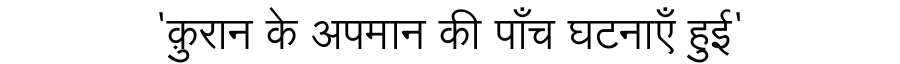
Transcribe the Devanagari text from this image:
'क़ुरान के अपमान की पाँच घटनाएँ हुई'